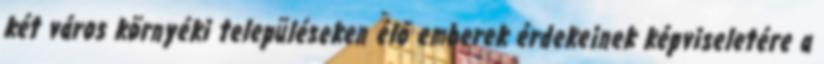
két város környéki településeken élő emberek érdekeinek képviseletére a